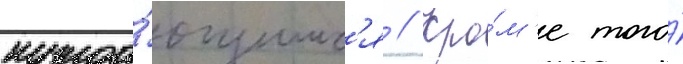
нужда́ющимс'я // Кро́м'е того́